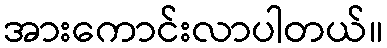
အားကောင်းလာပါတယ်။